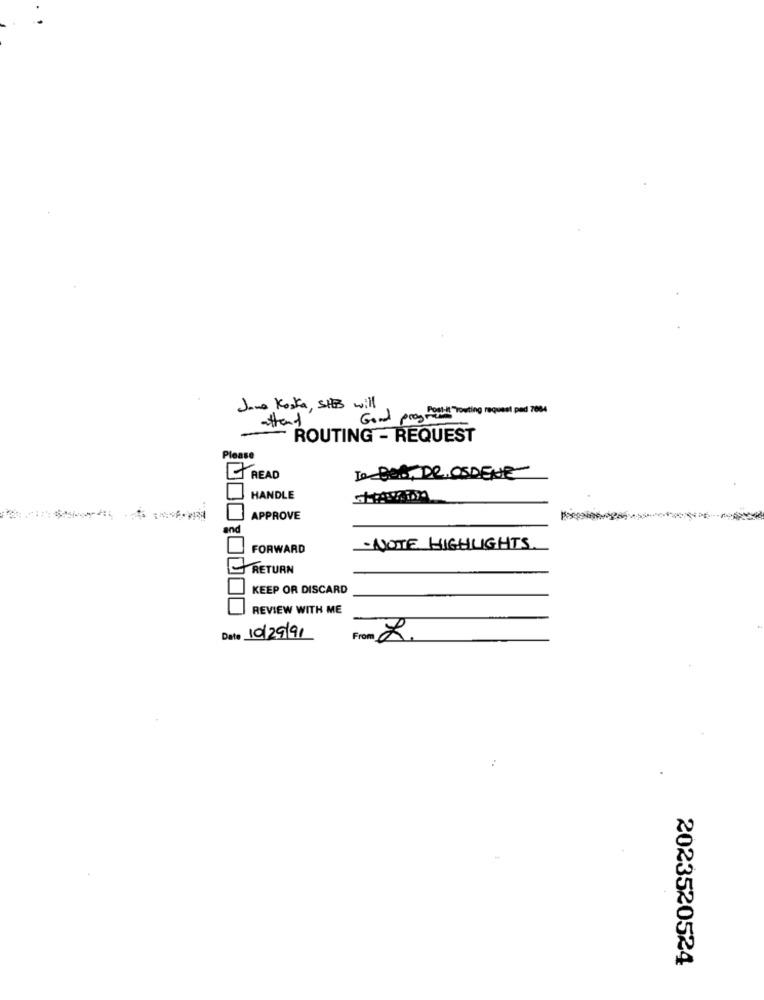
Jane Kosta, SHE will
Good pros Paul Touting request pad 7084
attend
ROUTING - REQUEST
Please
TO BOG, DR. OSDENE
READ
HANDLE
APPROVE
and
FORWARD
-NOTE HIGHLIGHTS.
RETURN
KEEP OR DISCARD
REVIEW WITH ME
Date 10/29/91
From L.
2023520524